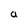
Character: a